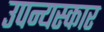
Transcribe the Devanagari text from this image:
उपन्यस्कार